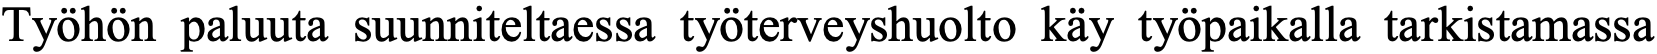
Työhön paluuta suunniteltaessa työterveyshuolto käy työpaikalla tarkistamassa